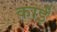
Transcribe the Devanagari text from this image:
काईं